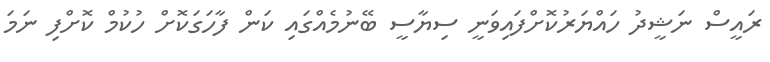
ރައީސް ނަޝީދު ހައްޔަރުކޮށްފައިވަނީ ސިޔާސީ ބޭނުމެއްގައި ކަން ފާހަގަކޮށް ހުކުމް ކޮށްފި ނަމަ